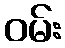
ဝမ်း